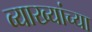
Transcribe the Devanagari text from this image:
व्याख्यांच्या